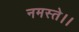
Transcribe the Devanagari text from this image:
नमस्ते।।